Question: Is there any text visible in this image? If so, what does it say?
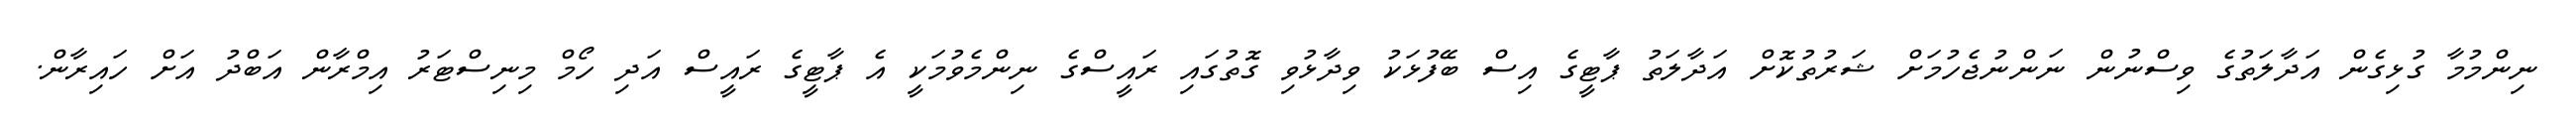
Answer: ނިންމުމާ ގުޅިގެން އަދާލަތުގެ ވިސްނުން ނަންނުޖެހުމަށް ޝަރުތުކޮށް އަދާލަތު ޕާޓީގެ އިސް ބޭފުޅަކު ވިދާޅުވި ގޮތުގައި ރައީސްގެ ނިންމެވުމަކީ އެ ޕާޓީގެ ރައީސް އަދި ހޯމް މިނިސްޓަރު އިމްރާން އަބްދު އަށް ހައިރާން.